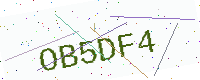
Text: OB5DF4